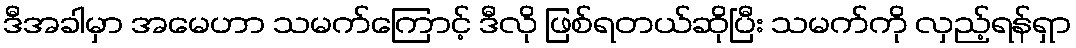
ဒီအခါမှာ အမေဟာ သမက်ကြောင့် ဒီလို ဖြစ်ရတယ်ဆိုပြီး သမက်ကို လှည့်ရန်ရှာ